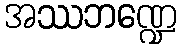
အဿဘဏ္ဍေ